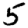
Digit: 5